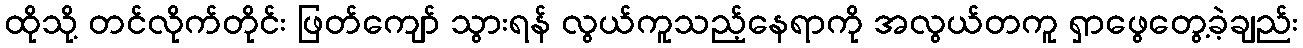
ထိုသို့ တင်လိုက်တိုင်း ဖြတ်ကျော် သွားရန် လွယ်ကူသည့်နေရာကို အလွယ်တကူ ရှာဖွေတွေ့ခဲ့ချည်း